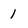
Character: 1